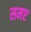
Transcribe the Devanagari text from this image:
समए